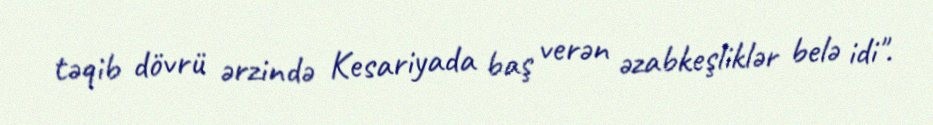
təqib dövrü ərzində Kesariyada baş verən əzabkeşliklər belə idi".